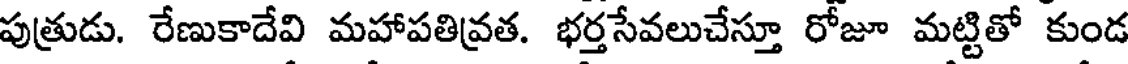
పుత్రుడు. రేణుకాదేవి మహాపతివ్రత. భర్తసేవలుచేస్తూ రోజూ మట్టితో కుండ